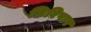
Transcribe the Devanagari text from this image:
गिरिपार